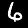
Label: 6